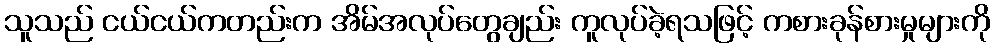
သူသည် ငယ်ငယ်ကတည်းက အိမ်အလုပ်တွေချည်း ကူလုပ်ခဲ့ရသဖြင့် ကစားခုန်စားမှုများကို